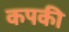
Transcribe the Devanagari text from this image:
कपकी